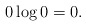
\begin{align*}0 \log 0 = 0.\end{align*}